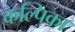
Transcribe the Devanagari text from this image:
कल्पिका